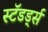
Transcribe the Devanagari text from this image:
स्टॅंडर्ड्स